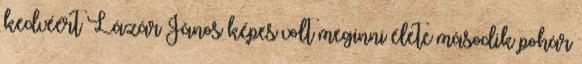
kedvéért Lázár János képes volt meginni élete második pohár